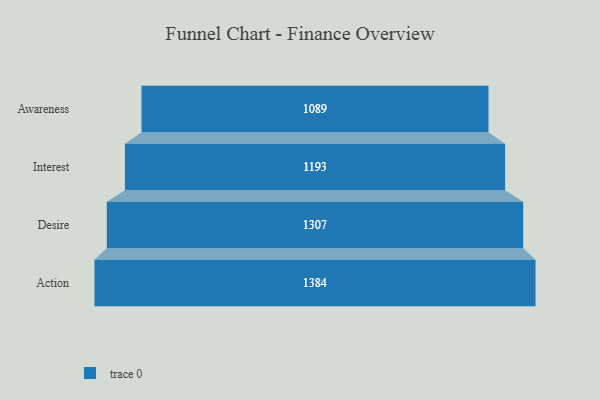
{"axis": {"x": "Stage", "y": "Value"}, "legend": [""], "data": [{"x": "Awareness", "y": 1089.0, "type": ""}, {"x": "Interest", "y": 1193.0, "type": ""}, {"x": "Desire", "y": 1307.0, "type": ""}, {"x": "Action", "y": 1384.0, "type": ""}]}